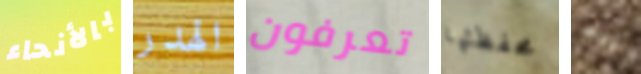
بالأنحاء الهدر تعرفون محفظتها بينه